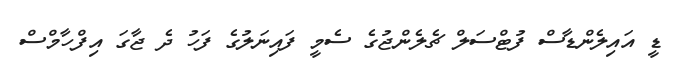
ޑީ އައިލެންޑާސް ފުޓްސަލް ޗެލެންޖުގެ ސެމީ ފައިނަލުގެ ފަހު ދެ ޖާގަ އިފްހާމްސް